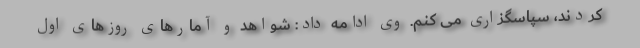
کردند، سپاسگزاری می کنم. وی ادامه داد: شواهد و آمارهای روزهای اول